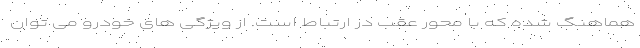
هماهنگ شده که با محور عقب در ارتباط است. از ویژگی های خودرو می توان